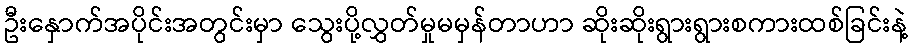
ဦးနှောက်အပိုင်းအတွင်းမှာ သွေးပို့လွှတ်မှုမမှန်တာဟာ ဆိုးဆိုးရွားရွားစကားထစ်ခြင်းနဲ့